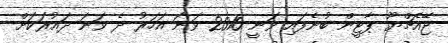
ޖޭއެޗްޔޫ ޕާޓީން ބުނެފައި ވަނީ 2010 ވަނަ އަހަރު ދެ ވަނަ ދައުރަކަށް